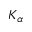
K _ { \alpha }